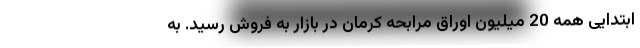
ابتدایی همه 20 میلیون اوراق مرابحه کرمان در بازار به فروش رسید. به